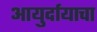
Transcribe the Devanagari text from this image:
आयुर्दायाचा